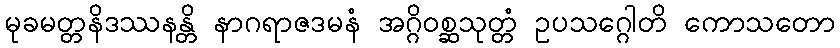
မုခမတ္တနိဒဿနန္တိ နာဂရာဇဒမနံ အဂ္ဂိဝစ္ဆသုတ္တံ ဥပသဂ္ဂေါတိ ကောသတော